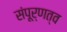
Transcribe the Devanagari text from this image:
संपूर्णत्व